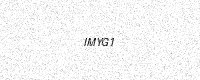
Text: IMYG1